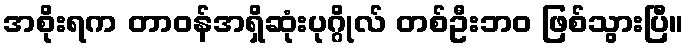
အစိုးရက တာဝန်အရှိဆုံးပုဂ္ဂိုလ် တစ်ဦးဘ၀ ဖြစ်သွားပြီ။